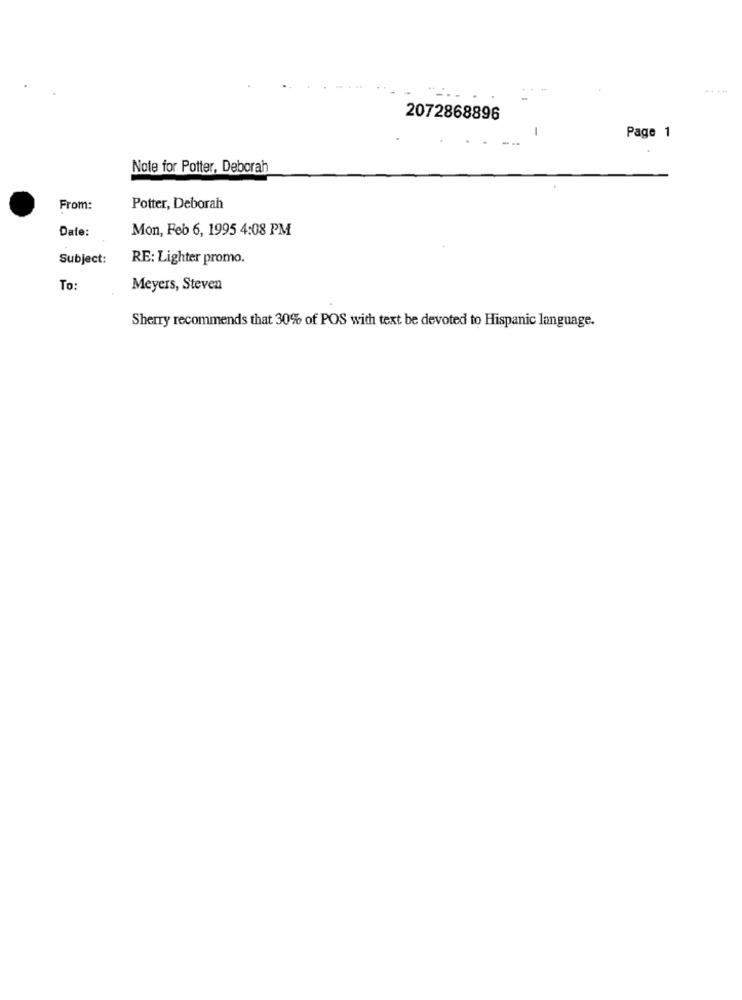
2072868896
Page 1
Note for Potter, Deborah
From:
Potter, Deborah
Date:
Mon, Feb 6, 1995 4:08 PM
Subject:
RE: Lighter promo.
To:
Meyers, Steven
Sherry recommends that 30% of POS with text be devoted to Hispanic language.